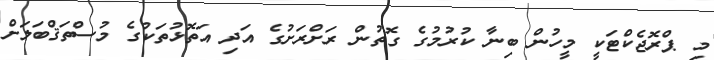
މި ޕްރޮޖެކްޓަކީ މީހުން ބިނާ ކުރުމުގެ ގޮތުން ރަށްރަށުގެ އަދި އަތޮޅުތަކުގެ މުސްތަޤްބަލަށް